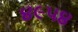
૪૯૫૪